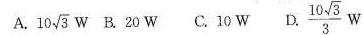
A.\sqrt[10]{3}W B.20W C.10W D\frac{\sqrt[10]{3} }{3}W